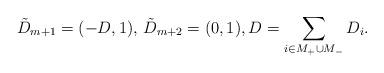
LaTeX: \begin{align*}\tilde{D}_{m+1}=(-D,1), \, \tilde{D}_{m+2}=(0,1), D=\sum_{i\in M_+\cup M_-} D_i.\end{align*}